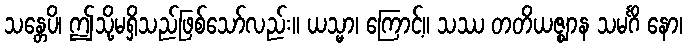
သန္တေပိ၊ ဤသို့မရှိသည်ဖြစ်သော်လည်း။ ယသ္မာ၊ ကြောင့်။ သဿ တတိယဇ္ဈာန သမင်္ဂိ နော၊